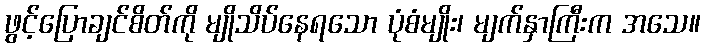
ဖွင့်ပြောချင်စိတ်ကို မျိုသိပ်နေရသော ပုံစံမျိုး၊ မျက်နှာကြီးက အသေ။